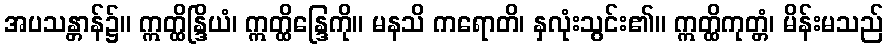
အပသန္တာန်၌။ ဣတ္ထိန္ဒြိယံ၊ ဣတ္ထိန္ဒြေကို။ မနသိ ကရောတိ၊ နှလုံးသွင်း၏။ ဣတ္ထိကုတ္တံ၊ မိန်းမသည်